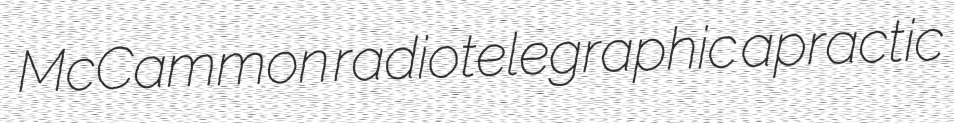
McCammon radiotelegraphic apractic